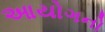
આયોગનો